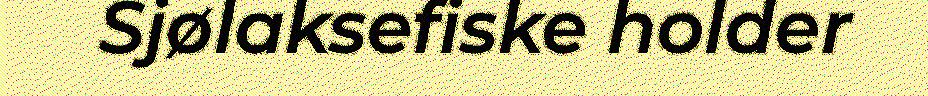
Sjølaksefiske holder